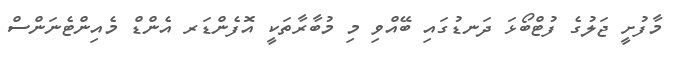
މާފުށީ ޖަލުގެ ފުޓްބޯޅަ ދަނޑުގައި ބޭއްވި މި މުބާރާތަކީ އޮފެންޑަރ އެންޑް މެއިންޓެނަންސް